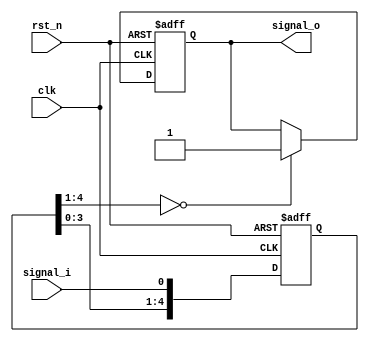
// +FHDR------------------------------------------------------------
//                 Copyright (c) 2019 .
//                       ALL RIGHTS RESERVED
// -----------------------------------------------------------------
// Author        : 
// Last Modified : 
// -----------------------------------------------------------------
// Description:
//
//
// -FHDR------------------------------------------------------------

`ifndef __DEBOUNCE_V__
`define __DEBOUNCE_V__

`timescale 1ns/1ps

module debounce(/*autoarg*/
    //Inputs
    clk, rst_n, signal_i, 

    //Outputs
    signal_o
);

input                                   clk;
input                                   rst_n;

input                                   signal_i;
output                                  signal_o;

parameter BIT_NUM  = 5 ;
reg [BIT_NUM-1 : 0] signal_deb ; //
always @ (posedge clk or negedge rst_n)
begin
    if (rst_n == 1'b0)
     signal_deb <= {BIT_NUM{1'b0}} ;
    else
     signal_deb <=  {signal_deb[BIT_NUM-2:0],signal_i} ;
end

reg                                     signal_o;
always @ (posedge clk or negedge rst_n)
begin
    if (rst_n == 1'b0)
        signal_o <= 1'b1 ;
    else if (signal_deb[BIT_NUM-1:1]=={(BIT_NUM-1){1'b0}})
        signal_o <=  1'b1 ;
    else if (signal_deb[BIT_NUM-1:1]=={(BIT_NUM-1){1'b0}})
        signal_o <=  1'b0 ;
    else 
        signal_o <=  signal_o;
end

endmodule

`endif